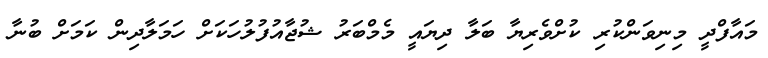
މައާފްދީ މިނިވަންކުރި ކުށްވެރިޔާ ބަލާ ދިޔައީ މެމްބަރު ޝުޖާއުފުލުހަކަށް ހަމަލާދިން ކަމަށް ބުނާ